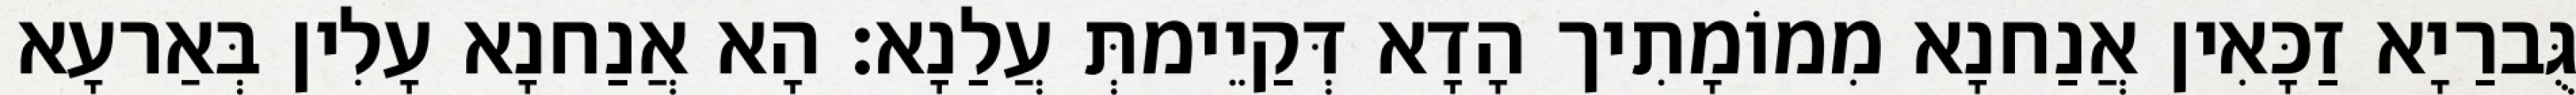
גֻּברַיָא זַכָּאִין אֲנַחנָא מִמוֹמָתִיך הָדָא דְּקַיֵימתְּ עֲלַנָא׃ הָא אֲנַחנָא עָלִין בְּאַרעָא